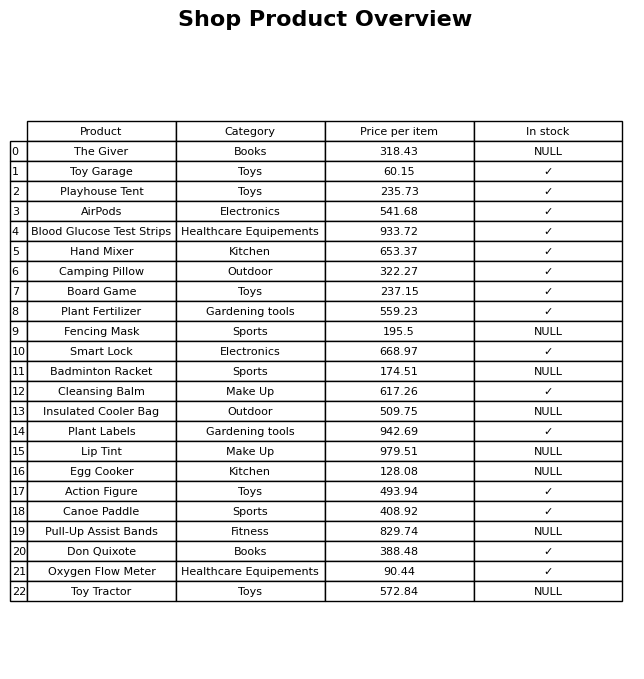
question: What is the price of the Insulated Cooler Bag?
answer: The price of Insulated Cooler Bag is 509.75.